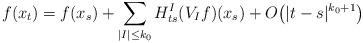
LaTeX: \begin{align*}f(x_t) = f(x_s) + \sum_{|I|\leq k_0} H^I_{ts} (V_If)(x_s) + O\big(|t-s|^{k_0+1}\big)\end{align*}